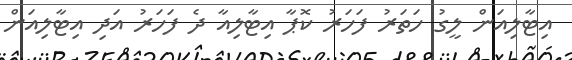
އިޓާލިއަން ލީގު ހަތަރު ފަހަރު ކޮޕާ އިޓާލިއާ ދެ ފަހަރު އަދި އިޓާލިއަން